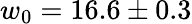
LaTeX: w_{0}=16.6\pm 0.3